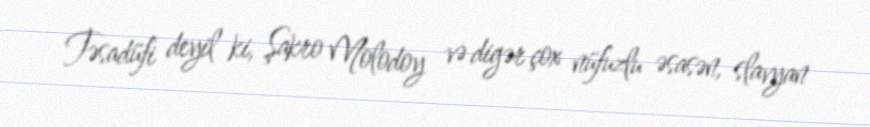
Təsadüfi deyil ki, Şakro Molodoy və digər çox nüfuzlu əsasən, slavyan